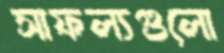
সাফল্যগুলো